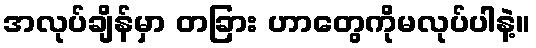
အလုပ်ချိန်မှာ တခြား ဟာတွေကိုမလုပ်ပါနဲ့။